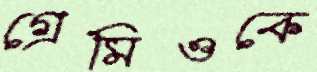
গ্রেমিওকে